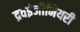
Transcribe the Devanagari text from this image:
द्रवइंजीनियरी